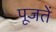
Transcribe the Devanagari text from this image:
पूजतें